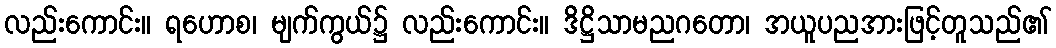
လည်းကောင်း။ ရဟောစ၊ မျက်ကွယ်၌ လည်းကောင်း။ ဒိဋ္ဌိသာမညဂတော၊ အယူပညအားဖြင့်တူသည်၏